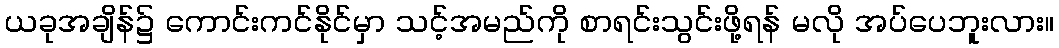
ယခုအချိန်၌ ကောင်းကင်နိုင်မှာ သင့်အမည်ကို စာရင်းသွင်းဖို့ရန် မလို အပ်ပေဘူးလား။